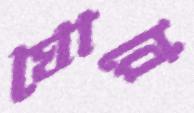
ঘোরে